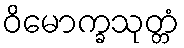
ဝိမောက္ခသုတ္တံ